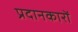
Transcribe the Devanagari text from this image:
प्रदानकारों